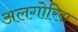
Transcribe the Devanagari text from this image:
अलगोरिद्म